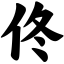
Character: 佟